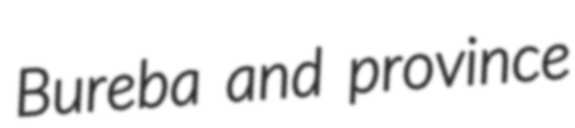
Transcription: Bureba and province